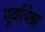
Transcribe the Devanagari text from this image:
पूर्वापेक्ष